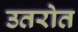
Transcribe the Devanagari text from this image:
उतरोत